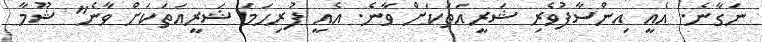
ނަގާނެ. އެއީ އިންސާފުވެރި ޝަރީއަތަކަށް ވާނެ. އެއީ ފުރިހަމަ ޝަރީއަތަކަށް ވާނެ" ޝޫމާ